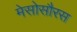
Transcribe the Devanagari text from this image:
मेसोसौरस